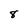
Character: 8